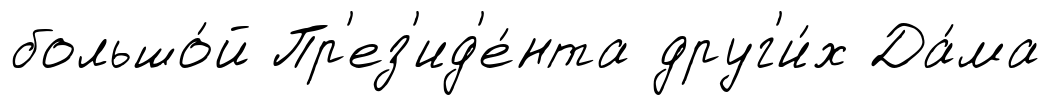
большо́й Пр'ез'ид'е́нта друг'и́х Да́ма